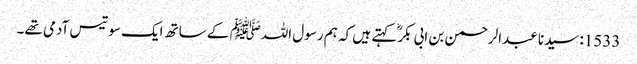
1533: سیدنا عبدالرحمن بن ابی بکرؓ کہتے ہیں کہ ہم رسول اللہﷺ کے ساتھ ایک سو تیس آدمی تھے۔